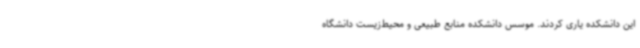
این دانشکده یاری کردند. موسس دانشکده منابع طبیعی و محیط‌زیست دانشگاه